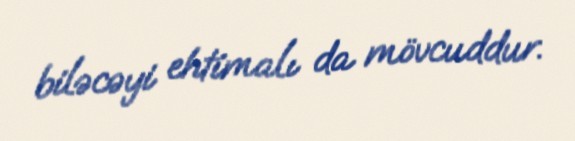
biləcəyi ehtimalı da mövcuddur.